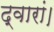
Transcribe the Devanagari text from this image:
द्वारां।